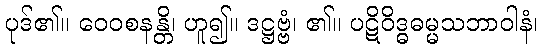
ပုဒ်၏။ ဝေဝစနန္တိ၊ ဟူ၍။ ဒဋ္ဌဗ္ဗံ၊ ၏။ ပဋိဝိဒ္ဓဓမ္မသဘာဝါနံ၊